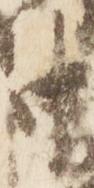
中